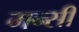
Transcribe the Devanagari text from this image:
मन्सी